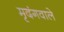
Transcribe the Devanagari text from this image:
मृदंगवाले